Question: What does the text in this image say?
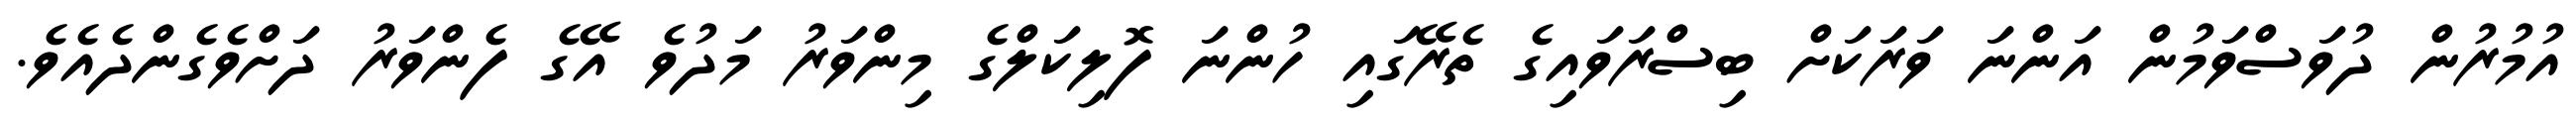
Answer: އުމުރުން ދުވަސްވަމުން އަންނަ ވަރަކަށް ބިސްރަވައިގެ ތެރޭގައި ހުންނަ ފޮލިކަލްގެ މިންވަރު މަދުވެ އޭގެ ފެންވަރު ދަށްވެގެންދެއެވެ.